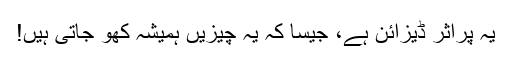
یہ پراثر ڈیزائن ہے، جیسا کہ یہ چیزیں ہمیشہ کھو جاتی ہیں!